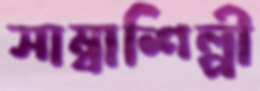
সাম্বাশিল্পী